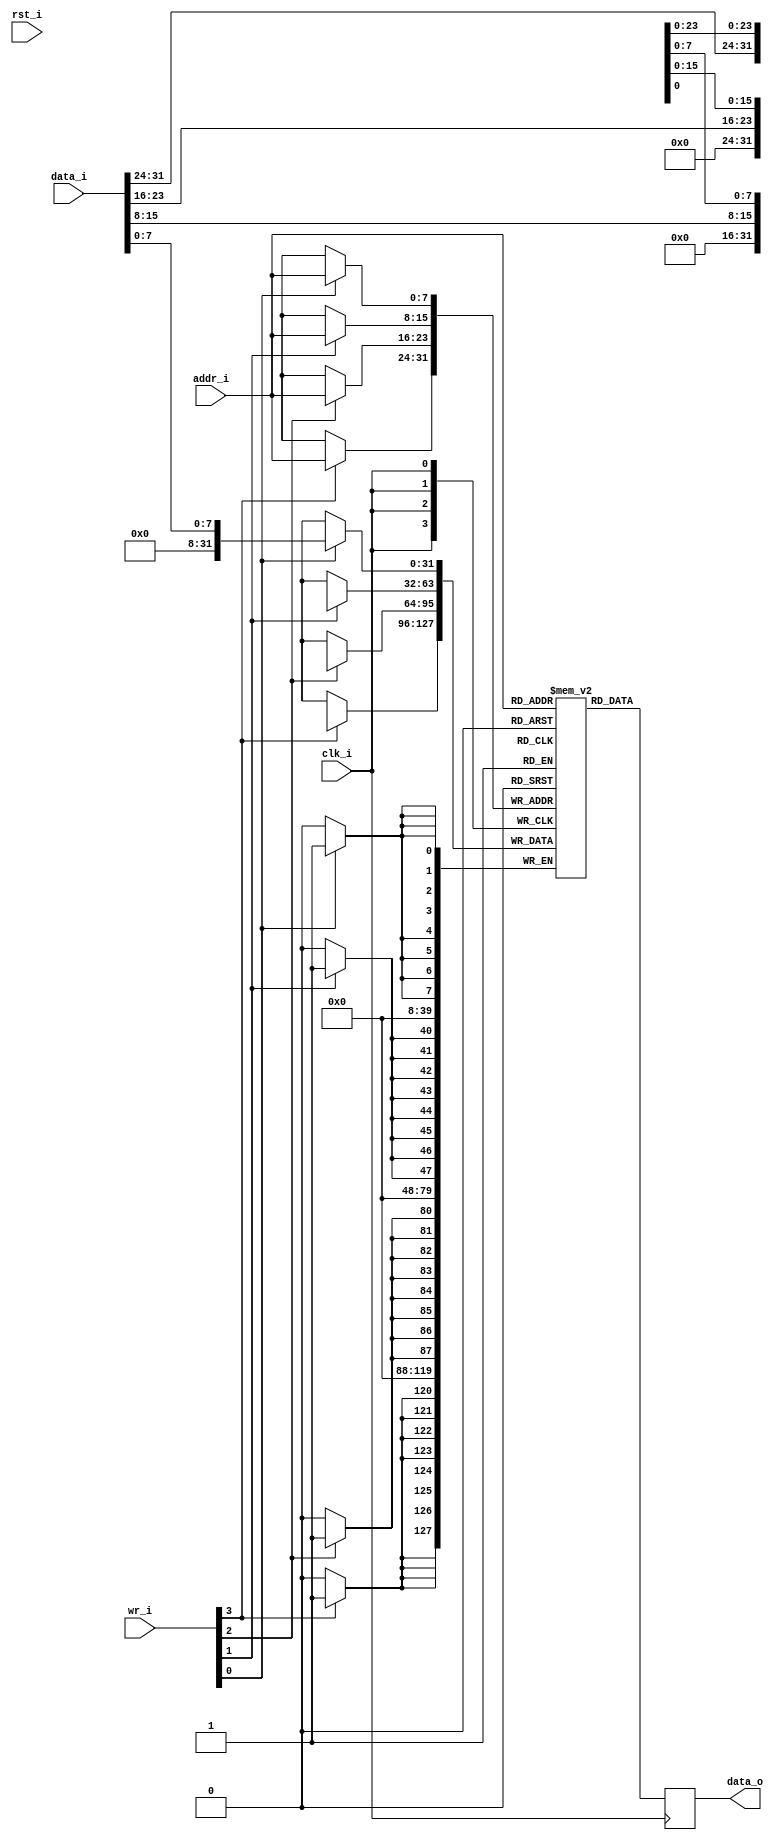
//-----------------------------------------------------------------
//                          MPX Core
//                            V0.1
//                   github.com/ultraembedded
//                       Copyright 2020
//
//                   admin@ultra-embedded.com
//
//                     License: Apache 2.0
//-----------------------------------------------------------------
// Copyright 2020 Ultra-Embedded.com
// 
// Licensed under the Apache License, Version 2.0 (the "License");
// you may not use this file except in compliance with the License.
// You may obtain a copy of the License at
// 
//     http://www.apache.org/licenses/LICENSE-2.0
// 
// Unless required by applicable law or agreed to in writing, software
// distributed under the License is distributed on an "AS IS" BASIS,
// WITHOUT WARRANTIES OR CONDITIONS OF ANY KIND, either express or implied.
// See the License for the specific language governing permissions and
// limitations under the License.
//-----------------------------------------------------------------
module psf_dmem_ram
(
    // Inputs
     input           clk_i
    ,input           rst_i
    ,input  [  7:0]  addr_i
    ,input  [ 31:0]  data_i
    ,input  [  3:0]  wr_i

    // Outputs
    ,output [ 31:0]  data_o
);




//-----------------------------------------------------------------
// Single Port RAM 1KB
// Mode: Read First
//-----------------------------------------------------------------
reg [31:0]   ram [255:0] /*verilator public*/;
reg [31:0]   ram_read_q;


// Synchronous write
always @ (posedge clk_i)
begin
    if (wr_i[0])
        ram[addr_i][7:0] <= data_i[7:0];
    if (wr_i[1])
        ram[addr_i][15:8] <= data_i[15:8];
    if (wr_i[2])
        ram[addr_i][23:16] <= data_i[23:16];
    if (wr_i[3])
        ram[addr_i][31:24] <= data_i[31:24];
    ram_read_q <= ram[addr_i];
end

assign data_o = ram_read_q;


endmodule